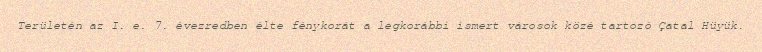
Területén az I. e. 7. évezredben élte fénykorát a legkorábbi ismert városok közé tartozó Çatal Hüyük.